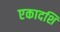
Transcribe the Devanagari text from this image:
एकादशि